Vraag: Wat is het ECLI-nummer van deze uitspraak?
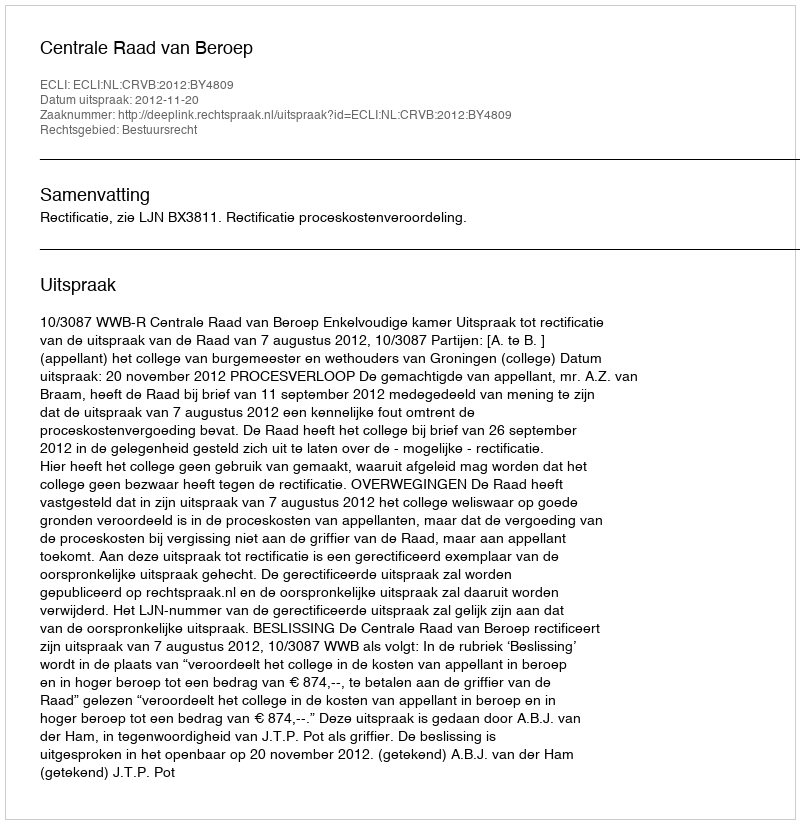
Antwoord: ECLI:NL:CRVB:2012:BY4809